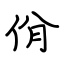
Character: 佾